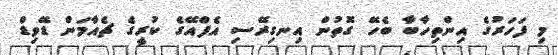
މި ފަހަރުގެ އިންތިހާބާ ބެހޭ ގޮތުން އިނގިރޭސި އެފްއޭގެ ކުރީގެ ޗެއާމަން ޑޭވިޑް